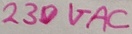
Text: 230VAC